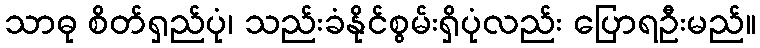
သာဓု စိတ်ရှည်ပုံ၊ သည်းခံနိုင်စွမ်းရှိပုံလည်း ပြောရဦးမည်။